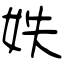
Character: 妷